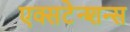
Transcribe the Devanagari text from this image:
एक्सटेन्शन्स